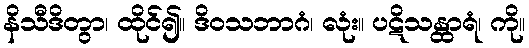
နိသီဒိတွာ၊ ထိုင်၍။ ဒိဝသဘာဂံ၊ လုံး။ ပဋိသန္ထာရံ၊ ကို။